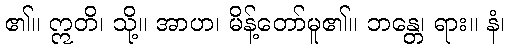
၏။ ဣတိ၊ သို့။ အာဟ၊ မိန့်တော်မူ၏။ ဘန္တေ၊ ရား။ နံ၊